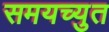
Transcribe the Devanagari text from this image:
समयच्युत